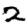
Digit: 2